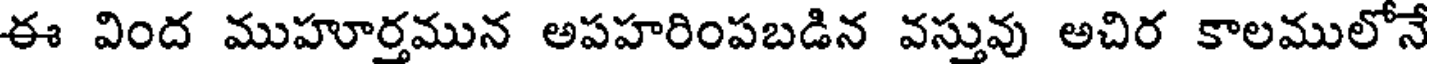
ఈ వింద ముహూర్తమున అపహరింపబడిన వస్తువు అచిర కాలములోనే